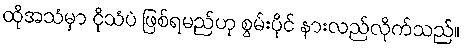
ထိုအသံမှာ ငိုသံပဲ ဖြစ်ရမည်ဟု စွမ်းပိုင် နားလည်လိုက်သည်။